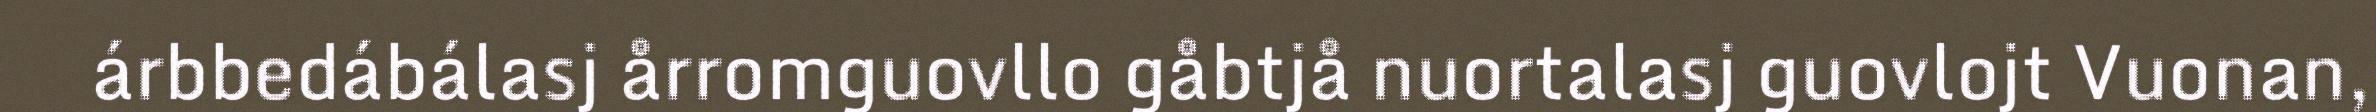
árbbedábálasj årromguovllo gåbtjå nuortalasj guovlojt Vuonan,